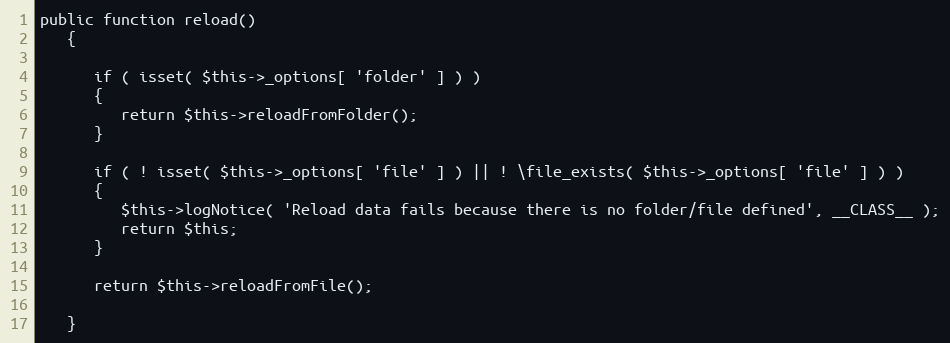
Language: PHP
public function reload()
   {

      if ( isset( $this->_options[ 'folder' ] ) )
      {
         return $this->reloadFromFolder();
      }

      if ( ! isset( $this->_options[ 'file' ] ) || ! \file_exists( $this->_options[ 'file' ] ) )
      {
         $this->logNotice( 'Reload data fails because there is no folder/file defined', __CLASS__ );
         return $this;
      }

      return $this->reloadFromFile();

   }